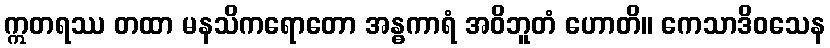
ဣတရဿ တထာ မနသိကရောတော အန္ဓကာရံ အဝိဘူတံ ဟောတိ။ ကေသာဒိဝသေန